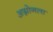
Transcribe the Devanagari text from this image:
अग्नोनला